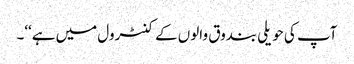
آپ کی حویلی بندوق والوں کے کنٹرول میں ہے‘‘۔